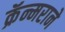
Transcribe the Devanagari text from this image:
क्रॅन्मराने